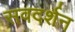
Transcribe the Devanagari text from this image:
सवदर्शन